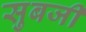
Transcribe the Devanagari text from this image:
सुबजी